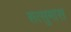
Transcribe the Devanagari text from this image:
सत्सुमास